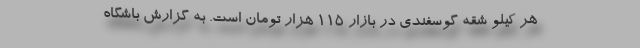
هر کیلو شقه گوسفندی در بازار ۱۱۵ هزار تومان است. به گزارش باشگاه